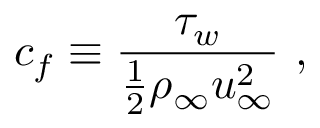
c _ { f } \equiv \frac { \tau _ { w } } { \frac { 1 } { 2 } \rho _ { \infty } u _ { \infty } ^ { 2 } } \mathrm { ~ , ~ }